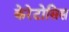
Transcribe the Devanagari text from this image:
केरेटोसिस